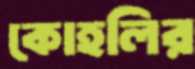
কোহলির